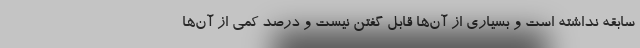
سابقه نداشته است و بسیاری از آن‌ها قابل گفتن نیست و درصد کمی از آن‌ها